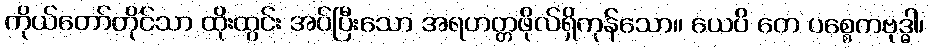
ကိုယ်တော်တိုင်သာ ထိုးထွင်း အပ်ပြီးသော အရဟတ္တဖိုလ်ရှိကုန်သော။ ယေပိ တေ ပစ္စေကဗုဒ္ဓါ၊